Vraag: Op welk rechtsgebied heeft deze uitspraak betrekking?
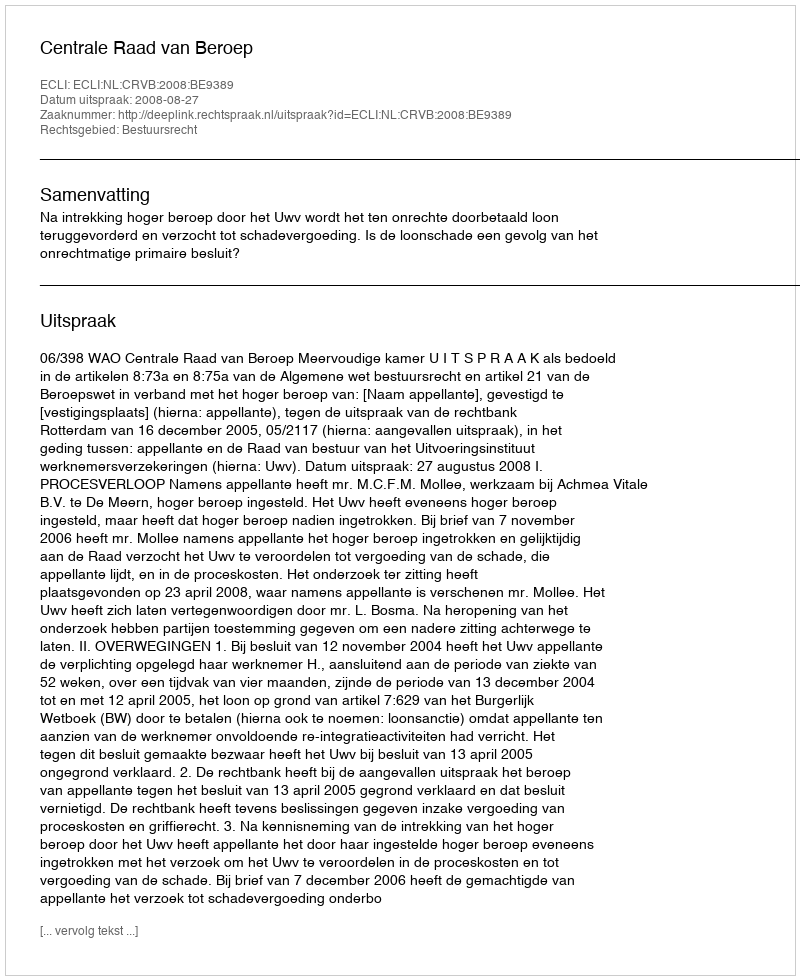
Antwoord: Bestuursrecht